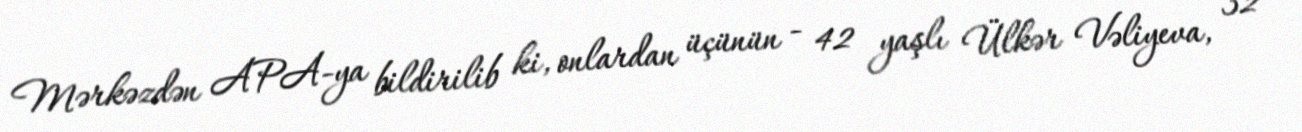
Mərkəzdən APA-ya bildirilib ki, onlardan üçünün - 42 yaşlı Ülkər Vəliyeva, 32